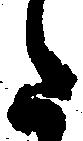
た